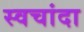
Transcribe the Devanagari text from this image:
स्वचांदा